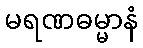
မရဏဓမ္မာနံ